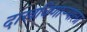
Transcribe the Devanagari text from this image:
दाखविणार्‍याला